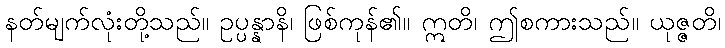
နတ်မျက်လုံးတို့သည်။ ဥပ္ပန္နာနိ၊ ဖြစ်ကုန်၏။ ဣတိ၊ ဤစကားသည်။ ယုဇ္ဇတိ၊